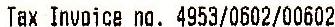
TAX INVOICE NO. 4953/0602/00602